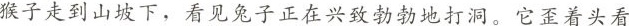
猴子走到山坡下，看见兔子正在兴致勃勃地打洞。它歪着头看